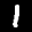
Label: 1